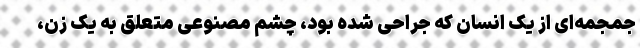
جمجمه‌‌ای از یک انسان که جراحی شده بود، چشم مصنوعی متعلق به یک زن،